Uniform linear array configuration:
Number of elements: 8
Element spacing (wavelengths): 0.5
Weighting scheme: hamming
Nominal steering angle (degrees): -45
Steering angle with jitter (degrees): -45.244
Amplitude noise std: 0.05
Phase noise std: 0.05

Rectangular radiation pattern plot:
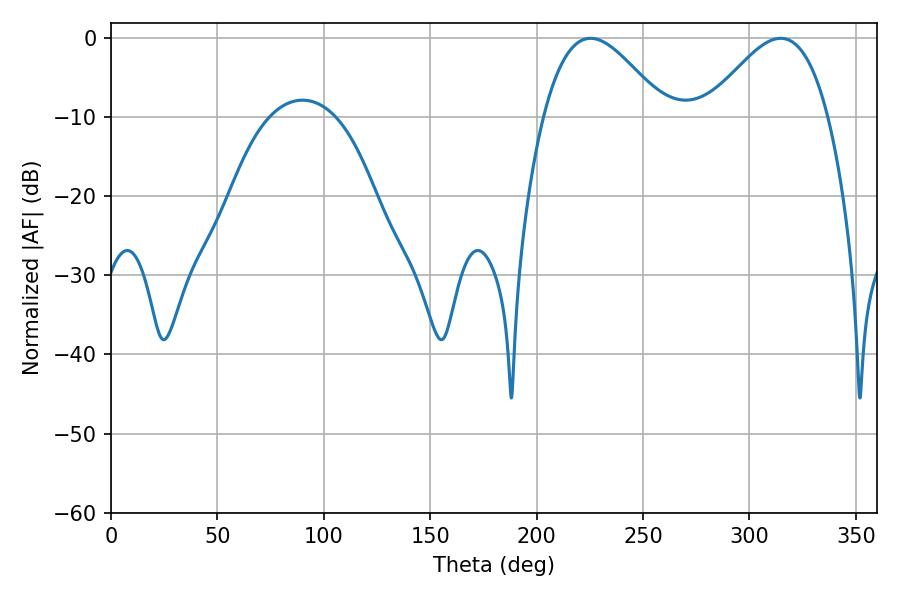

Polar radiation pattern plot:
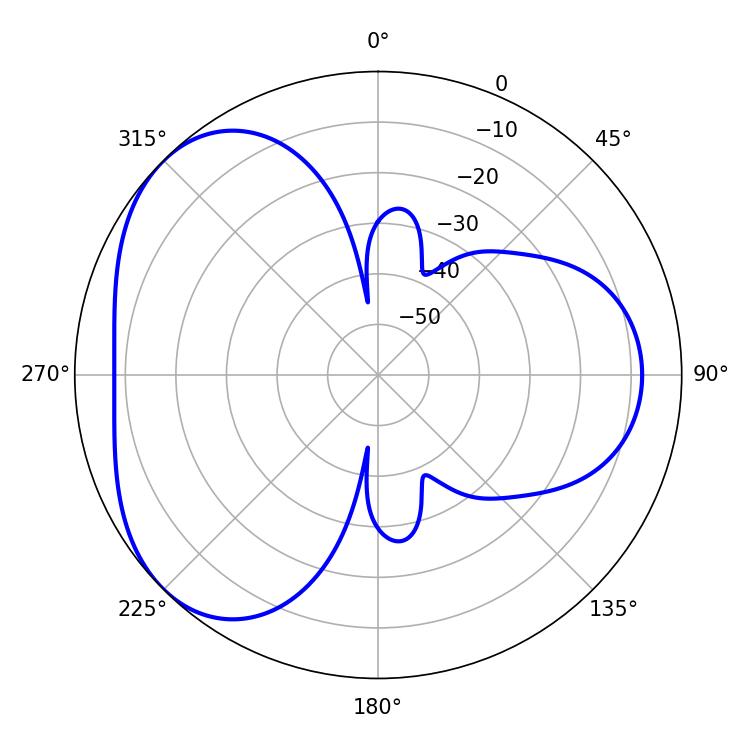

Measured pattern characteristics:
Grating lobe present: FALSE
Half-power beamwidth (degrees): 30.78
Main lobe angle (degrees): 225.36